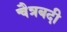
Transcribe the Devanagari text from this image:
चैत्रबदी